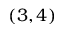
( 3 , 4 )